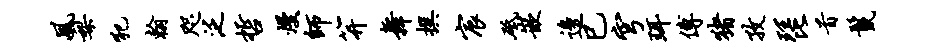
风梨犯翰咫泛哲熳师笄舞撰宸砥嵌边巳穹珥傅猪孜琵首鬣